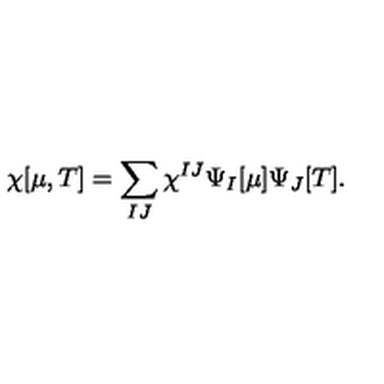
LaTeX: \chi [ \mu , T ] = \sum _ { I J } \chi ^ { I J } \Psi _ { I } [ \mu ] \Psi _ { J } [ T ] .